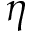
\eta